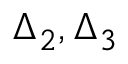
\Delta _ { 2 } , \Delta _ { 3 }